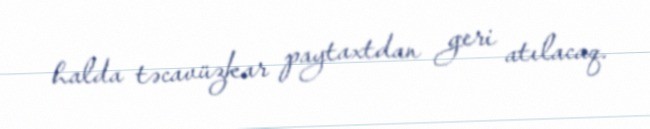
halda təcavüzkar paytaxtdan geri atılacaq.